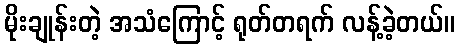
မိုးချုန်းတဲ့ အသံကြောင့် ရုတ်တရက် လန့်ခဲ့တယ်။